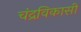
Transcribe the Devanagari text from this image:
चंद्रविकासी